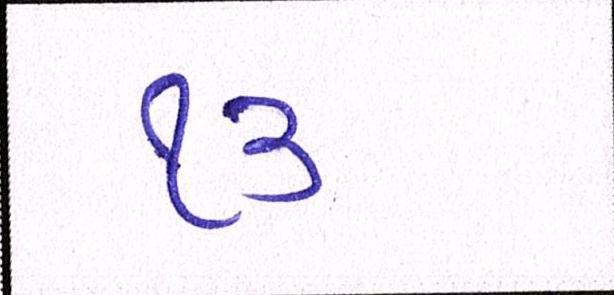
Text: ૧૩